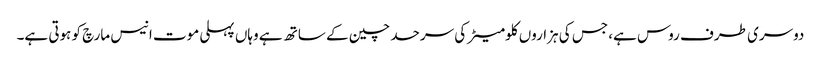
دوسری طرف روس ہے، جس کی ہزاروں کلومیٹر کی سرحد چین کے ساتھ ہے وہاں پہلی موت انیس مارچ کو ہوتی ہے۔